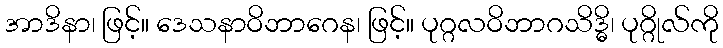
အာဒိနာ၊ ဖြင့်။ ဒေသနာဝိဘာဂေန၊ ဖြင့်။ ပုဂ္ဂလဝိဘာဂသိဒ္ဓိ၊ ပုဂ္ဂိုလ်ကို